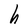
Character: h